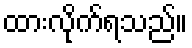
ထားလိုက်ရသည်။